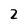
Character: 2